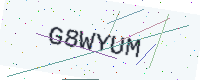
Text: G8WYUM